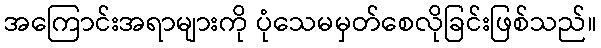
အကြောင်းအရာများကို ပုံသေမမှတ်စေလိုခြင်းဖြစ်သည်။